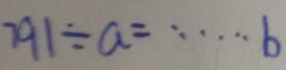
7 9 1 \div a = \cdots b